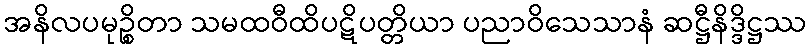
အနိလပမုဉ္စိတာ သမထဝီထိပဋိပတ္တိယာ ပညာဝိသေသာနံ ဆဋ္ဌီနိဒ္ဒိဋ္ဌဿ